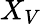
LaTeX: X_{V}